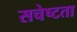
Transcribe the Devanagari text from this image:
सचेष्टता